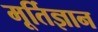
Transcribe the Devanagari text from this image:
मूर्तिज्ञान